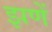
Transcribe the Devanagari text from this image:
झणें